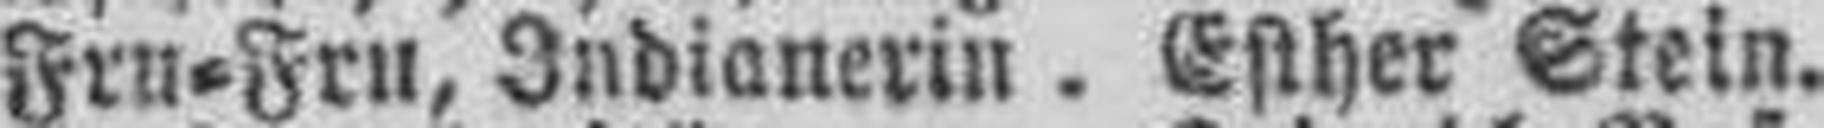
Fru=Fru, Indianerin . Esther Stein.